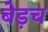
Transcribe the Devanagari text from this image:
बेड़च